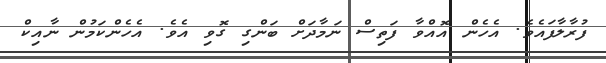
ފުރާލާފައެވެ. އެހެން އޮއްވާ ފަތިސް ނަމާދަށް ބަންގި ގޮވި އެވެ. އެހެންކަމުން ނާއިކް